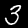
Digit: 3